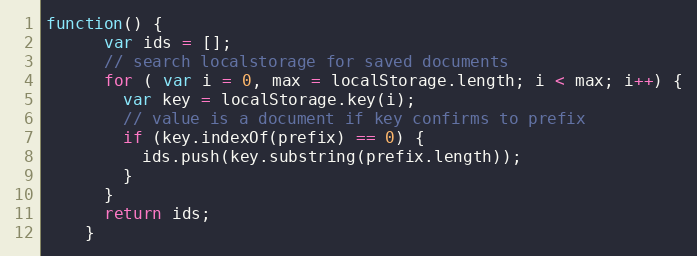
Language: JavaScript
function() {
      var ids = [];
      // search localstorage for saved documents
      for ( var i = 0, max = localStorage.length; i < max; i++) {
        var key = localStorage.key(i);
        // value is a document if key confirms to prefix
        if (key.indexOf(prefix) == 0) {
          ids.push(key.substring(prefix.length));
        }
      }
      return ids;
    }